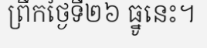
ព្រឹកថ្ងៃទី២៦ ធ្នូនេះ។